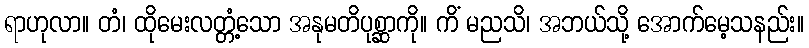
ရာဟုလာ။ တံ၊ ထိုမေးလတ္တံ့သော အနုမတိပုစ္ဆာကို။ ကိံ မညသိ၊ အဘယ်သို့ အောက်မေ့သနည်း။